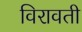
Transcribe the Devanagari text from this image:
विरावती